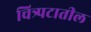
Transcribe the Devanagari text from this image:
चित्र्पटातील